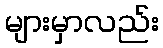
များမှာလည်း